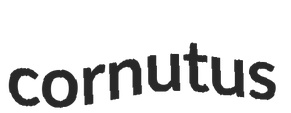
cornutus